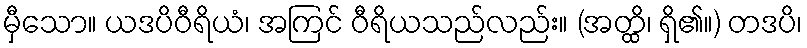
မှီသော။ ယဒပိဝီရိယံ၊ အကြင် ဝီရိယသည်လည်း။ (အတ္ထိ၊ ရှိ၏။) တဒပိ၊